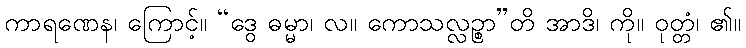
ကာရဏေန၊ ကြောင့်။ “ဒွေ ဓမ္မာ၊ လ။ ကောသလ္လဉ္စာ”တိ အာဒိ၊ ကို။ ဝုတ္တံ၊ ၏။